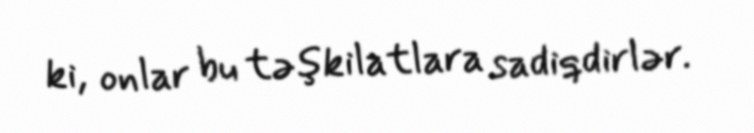
ki, onlar bu təşkilatlara sadiqdirlər.